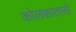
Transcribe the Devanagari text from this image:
कोलकातासे